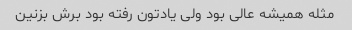
مثله همیشه عالی بود ولی یادتون رفته بود برش بزنین